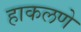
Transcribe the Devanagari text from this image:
हाकलणे